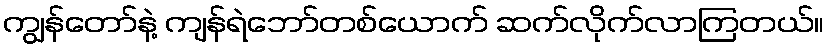
ကျွန်တော်နဲ့ ကျန်ရဲဘော်တစ်ယောက် ဆက်လိုက်လာကြတယ်။